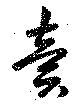
賣